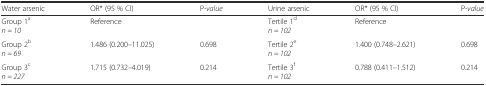
<table><thead><tr><td><b>Water arsenic</b></td><td><b>OR* (95 % CI)</b></td><td><b>P-<i>value</i></b></td><td><b>Urine arsenic</b></td><td><b>OR* (95 % CI)</b></td><td><b>P-<i>value</i></b></td></tr></thead><tbody><tr><td>Group 1<sup>a</sup><i>n = 10</i></td><td>Reference</td><td></td><td>Tertile 1<sup>d</sup><i>n = 102</i></td><td>Reference</td><td></td></tr><tr><td>Group 2<sup>b</sup><i>n = 69</i></td><td>1.486 (0.200–11.025)</td><td>0.698</td><td>Tertile 2<sup>e</sup><i>n = 102</i></td><td>1.400 (0.748–2.621)</td><td>0.698</td></tr><tr><td>Group 3<sup>c</sup><i>n = 227</i></td><td>1.715 (0.732–4.019)</td><td>0.214</td><td>Tertile 3<sup>f</sup><i>n = 102</i></td><td>0.788 (0.411–1.512)</td><td>0.214</td></tr></tbody></table>